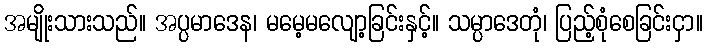
အမျိုးသားသည်။ အပ္ပမာဒေန၊ မမေ့မလျော့ခြင်းနှင့်။ သမ္ပာဒေတုံ၊ ပြည့်စုံစေခြင်းငှာ။